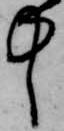
中